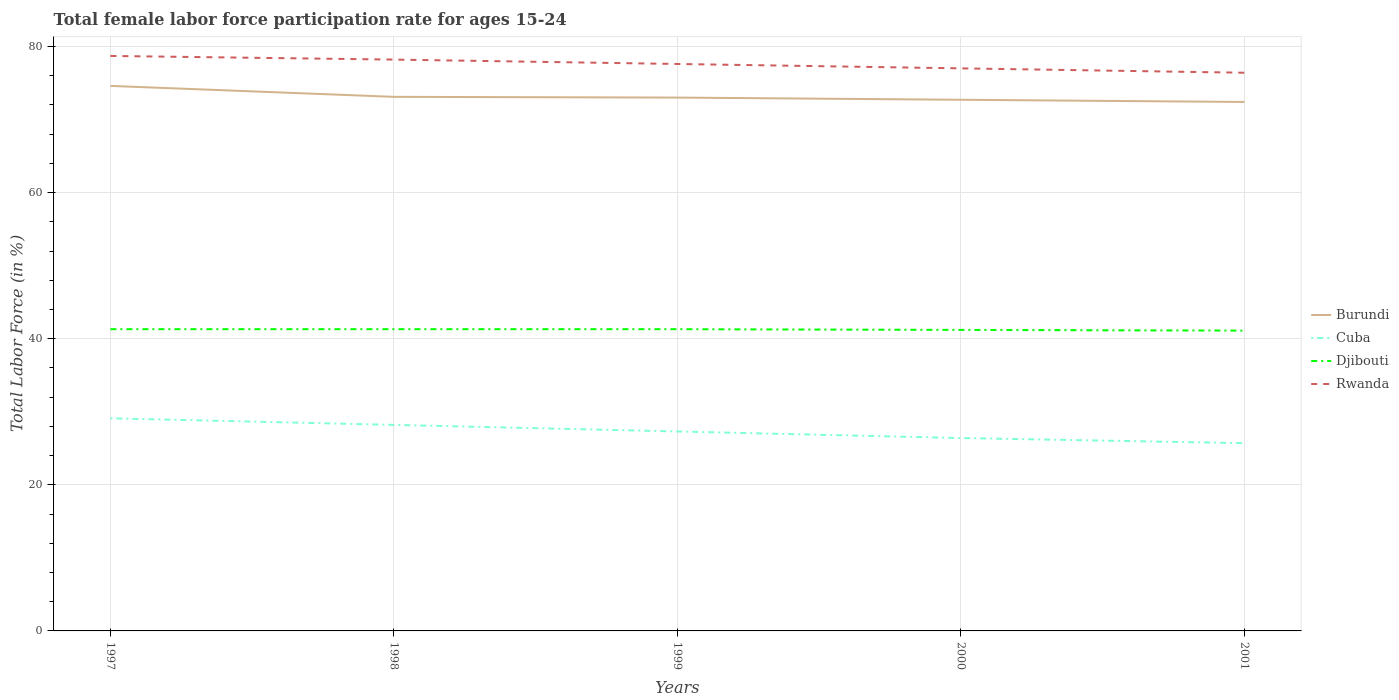
| Years | Burundi | Cuba | Djibouti | Rwanda |
 | --- | --- | --- | --- | --- |
 | 1997 | 74.6 | 29.1 | 41.3 | 78.7 |
 | 1998 | 73.1 | 28.2 | 41.3 | 78.2 |
 | 1999 | 73 | 27.3 | 41.3 | 77.6 |
 | 2000 | 72.7 | 26.4 | 41.2 | 77 |
 | 2001 | 72.4 | 25.7 | 41.1 | 76.4 |